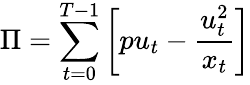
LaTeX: \Pi=\sum_{t=0}^{T-1}\left[pu_{t}-{\frac{u_{t}^{2}}{x_{t}}}\right]